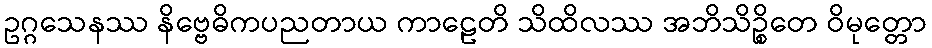
ဥဂ္ဂသေနဿ နိဗ္ဗေဓိကပညတာယ ကာဠေတိ သိထိလဿ အဘိသိဉ္စိတေ ဝိမုတ္တော